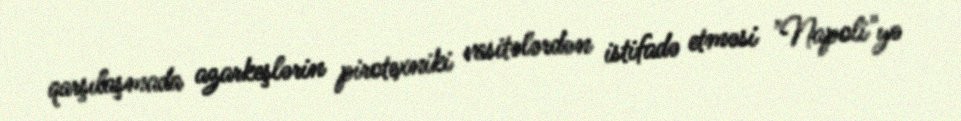
qarşılaşmada azarkeşlərin pirotexniki vasitələrdən istifadə etməsi "Napoli"yə